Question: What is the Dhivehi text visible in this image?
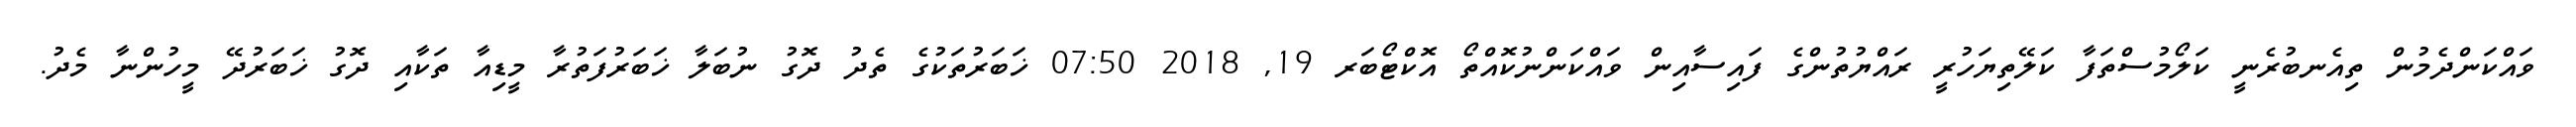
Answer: ވައްކަންދެމުން ތިއެނބުރެނީ ކަލޯމުސްތަފާ ކަލޭތިޔަހުރީ ރައްޔުތުންގެ ފައިސާއިން ވައްކަންނުކޮއްތޯ އޮކްޓޯބަރ 19, 2018 07:50 ޚަބަރުތަކުގެ ތެދު ދޮގު ނުބަލާ ޚަބަރުފަތުރާ މީޑިއާ ތަކާއި ދޮގު ޚަބަރުދޭ މީހުންނާ މެދު.